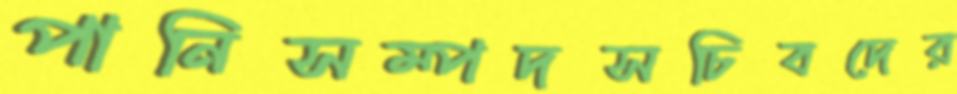
পানিসম্পদসচিবদের